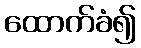
ထောက်ခံ၍